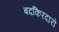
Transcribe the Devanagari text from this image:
बदकिरदारों